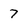
Character: 7